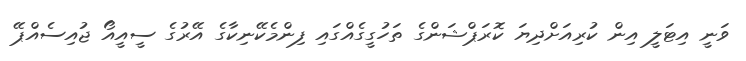
ވަނީ އިޓަލީ އިން ކުރިއަށްދިޔަ ކޮރަޕްޝަންގެ ތަހުގީގެއްގައި ފިންމެކޭނިކާގެ އޭރުގެ ސީއީއޯ ޖުއިސެއްޕޭ